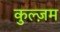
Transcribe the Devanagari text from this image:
कुल्ज़म